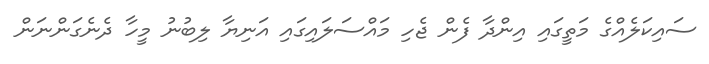
ސައިކަލެއްގެ މަތީގައި އިންދާ ފެން ޖެހި މައްސަލައިގައި އަނިޔާ ލިބުނު މީހާ ދެނެގަންނަން